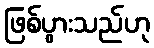
ဖြစ်ပွားသည်ဟု